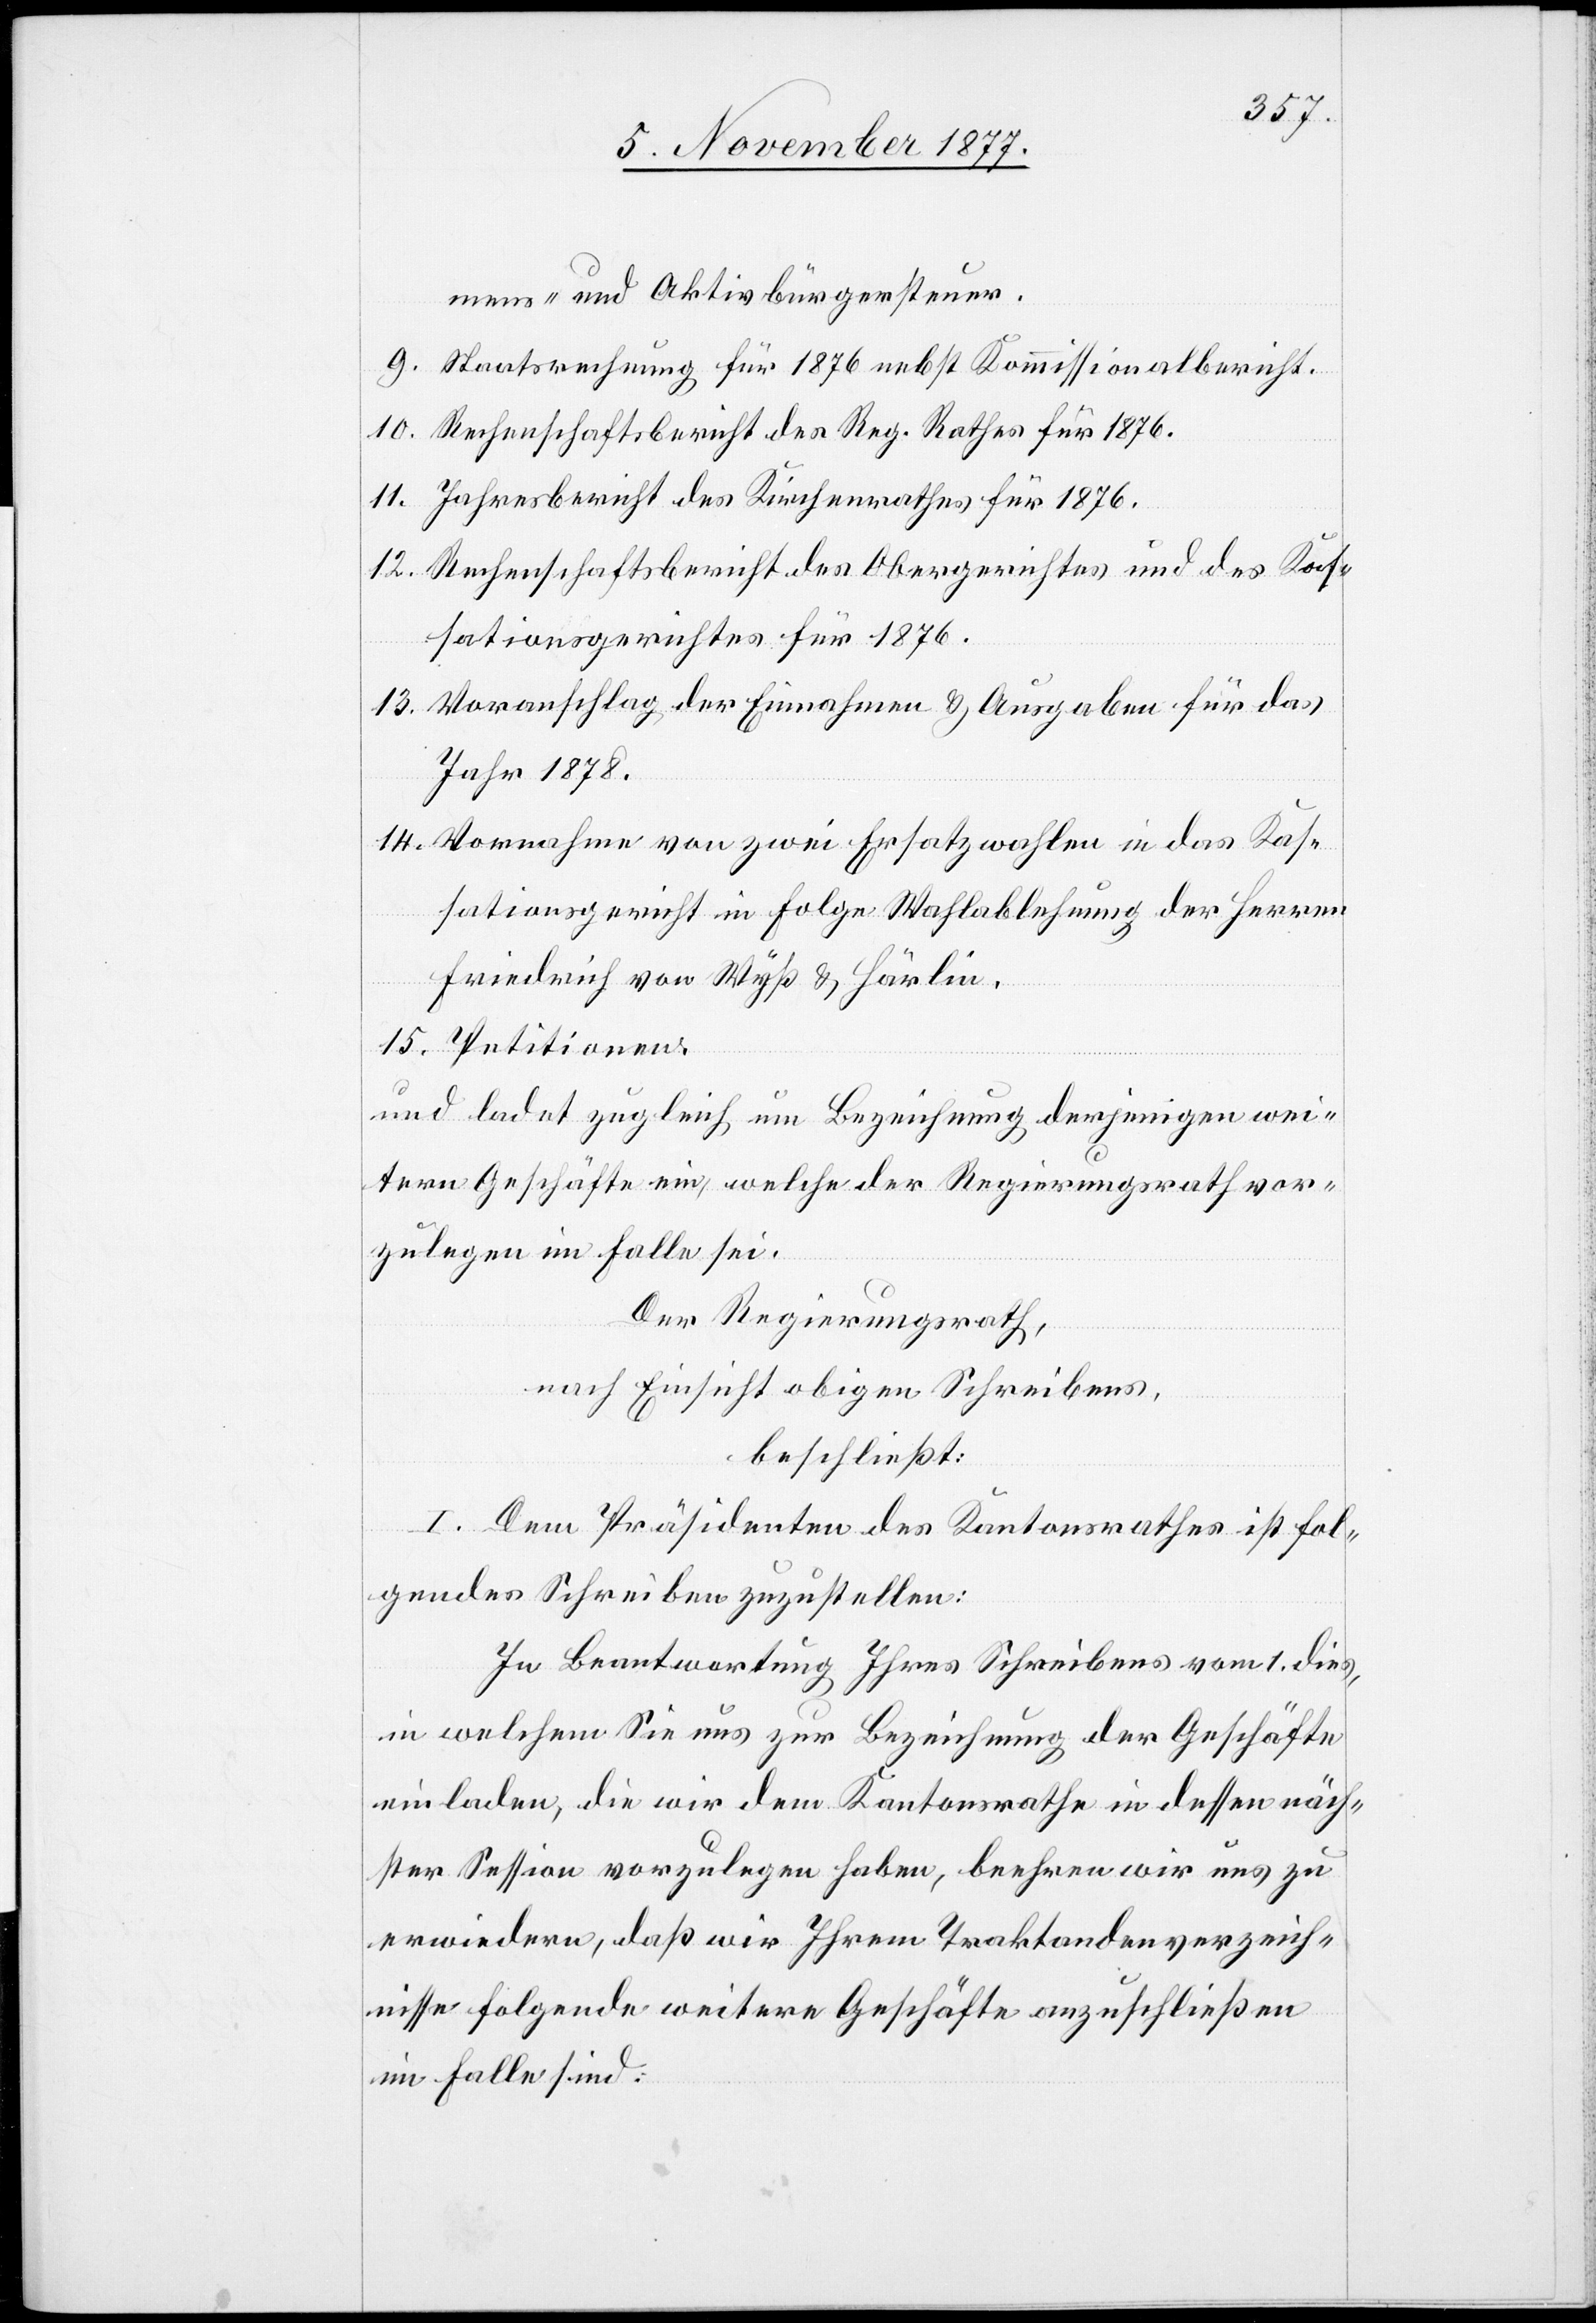
mens- und Aktivbürgersteuer.
Staatsrechnung für 1876 nebst Kommissionalbericht.
Rechenschaftsbericht des Reg. Rathes für 1876.
Jahresbericht des Kirchenrathes für 1876.
Rechenschaftsbericht des Obergerichtes und des Kas¬
sationsgerichtes für 1876.
Voranschlag der Einnahmen & Ausgaben für das
Jahr 1878.
Vornahme von zwei Ersatzwahlen in das Kas¬
sationsgericht in Folge Wahlablehnung der Herren
Friedrich von Wyß & Härlin.
[s¬
Petitionen.
und ladet zugleich um Bezeichnung derjenigen wei¬
tern Geschäfte ein, welche der Regierungsrath vor¬
zulegen im Falle sei.
Der Regierungsrath,
nach Einsicht obigen Schreibens,
beschließt:
ic!] Dem Präsidenten des Kantonsrathes ist fol¬
gendes Schreiben zuzustellen:
In Beantwortung Ihres Schreibens vom 1. dies,
in welchem Sie uns zur Bezeichnung der Geschäfte
einladen, die wir dem Kantonsrathe in dessen näch¬
ster Session vorzulegen haben, beehren wir uns zu
erwiedern, daß wir Ihrem Traktandenverzeich¬
nisse folgende weitere Geschäfte anzuschließen
im Falle sind: